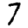
Digit: 7